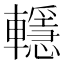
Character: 𨏈